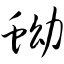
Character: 蚴